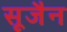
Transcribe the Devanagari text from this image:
सूजैन